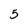
Character: 5